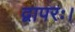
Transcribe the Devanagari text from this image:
द्वापरः।